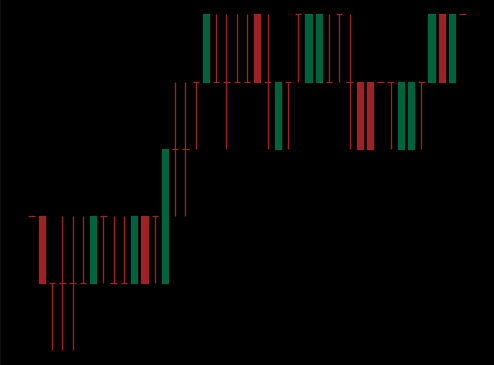
Pattern: bear_flag